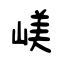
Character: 嵄